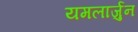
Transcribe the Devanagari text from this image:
यमलार्जुन